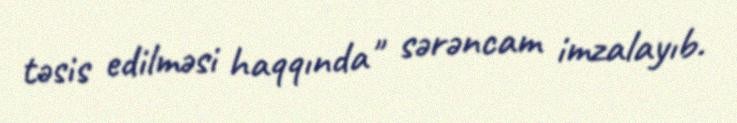
təsis edilməsi haqqında" sərəncam imzalayıb.